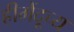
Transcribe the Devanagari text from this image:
हीमेंदूच्य